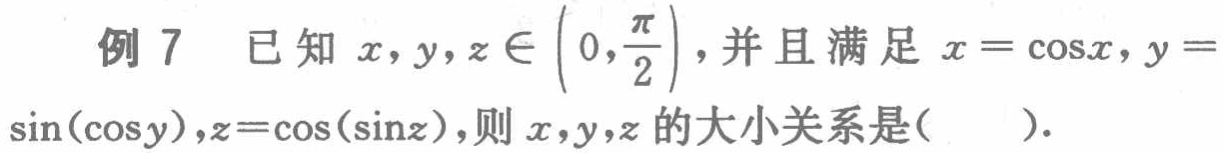
例 7 已知 \(x,y,z\in\left(0,\frac{\pi}{2}\right)\)，并且满足 \(x = \cos x\)，\(y = \sin(\cos y)\)，\(z=\cos(\sin z)\)，则 \(x,y,z\) 的大小关系是(  ).